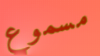
مسموع